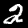
Digit: 2